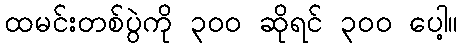
ထမင်းတစ်ပွဲကို ၃၀၀ ဆိုရင် ၃၀၀ ပေါ့။